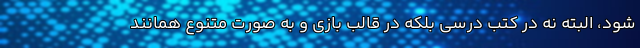
شود، البته نه در کتب‌ درسی بلکه در قالب بازی و به صورت متنوع همانند